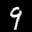
Label: 9